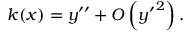
k ( x ) = y ^ { \prime \prime } + O \left( { y ^ { \prime } } ^ { 2 } \right) .